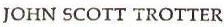
JOHN SCOTT TROTTER